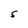
Character: S